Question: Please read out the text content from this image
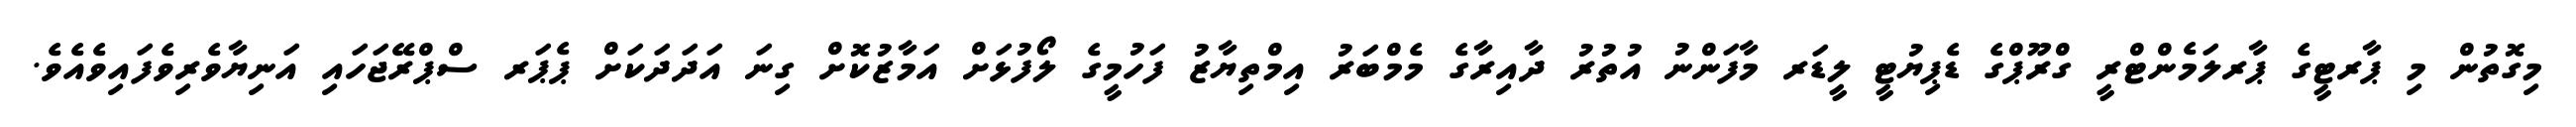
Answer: މިގޮތުން މި ޕާރޓީގެ ޕާރލަމެންޓްރީ ގްރޫޕްގެ ޑެޕިޔުޓީ ލީޑަރ މާފަންނު އުތުރު ދާއިރާގެ މެމްބަރު އިމްތިޔާޒު ފަހުމީގެ ލޯފުޅަށް އަމާޒުކޮށް ގިނަ އަދަދަކަށް ޕެޕަރ ސްޕްރޭޖަހައި އަނިޔާވެރިވެފައިވެއެވެ.